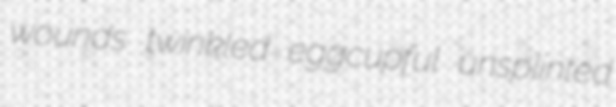
wounds twinkled eggcupful unsplinted